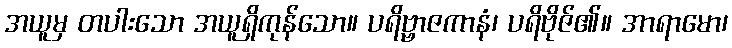
အယူမှ တပါးသော အယူရှိကုန်သော။ ပရိဗ္ဗာဇကာနံ၊ ပရိဗိုဇ်၏။ အာရာမော၊